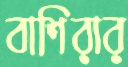
বাশিরার